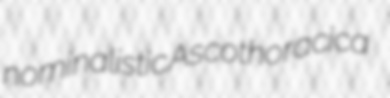
nominalistic Ascothoracica